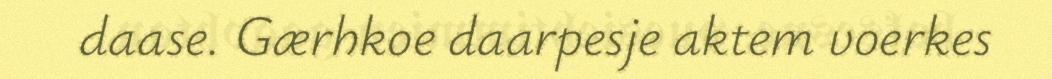
daase. Gærhkoe daarpesje aktem voerkes